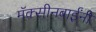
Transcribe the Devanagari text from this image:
मॅक्सीनबाईंनी